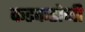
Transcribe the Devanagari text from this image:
कडकडोनी